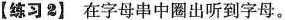
【练习2】在字母串中圈出听到字母。